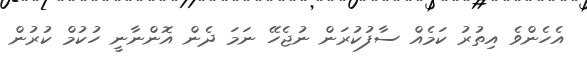
އެހެންވެ އިތުރު ކަމެއް ސާފުކުރަން ނުޖެހޭ ނަމަ ދެން އޮންނާނީ ހުކުމް ކުރުން